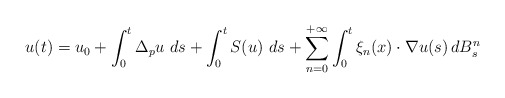
\begin{align*} u (t) = u_0 + \int_0^t \Delta_p u \, \, d s + \int_0^t S(u) \, \, d s + \sum_{n=0}^{+\infty} \int_0^t \xi_{n} (x) \cdot \nabla u (s) \, d B_s^{n} \end{align*}